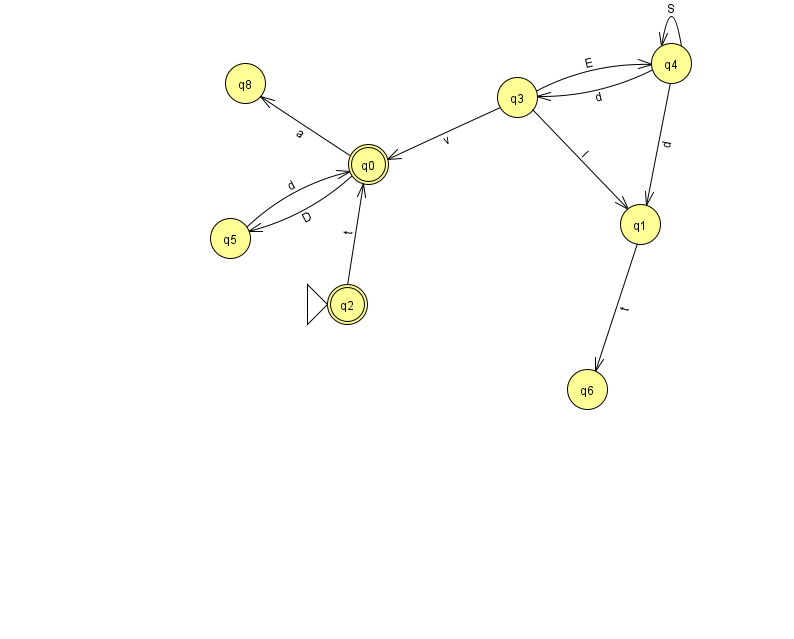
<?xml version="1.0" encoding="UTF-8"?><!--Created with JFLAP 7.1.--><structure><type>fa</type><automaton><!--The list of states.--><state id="0" name="q0"><x>368.0</x><y>151.0</y><final/></state><state id="1" name="q1"><x>640.0</x><y>211.0</y></state><state id="2" name="q2"><x>347.0</x><y>291.0</y><initial/><final/></state><state id="3" name="q3"><x>517.0</x><y>84.0</y></state><state id="4" name="q4"><x>671.0</x><y>50.0</y></state><state id="5" name="q5"><x>230.0</x><y>225.0</y></state><state id="6" name="q6"><x>587.0</x><y>376.0</y></state><state id="8" name="q8"><x>245.0</x><y>70.0</y></state><!--The list of transitions.--><transition><from>4</from><to>1</to><read>d</read></transition><transition><from>2</from><to>0</to><read>t</read></transition><transition><from>1</from><to>6</to><read>t</read></transition><transition><from>4</from><to>3</to><read>d</read></transition><transition><from>3</from><to>4</to><read>E</read></transition><transition><from>4</from><to>4</to><read>S</read></transition><transition><from>0</from><to>8</to><read>a</read></transition><transition><from>3</from><to>0</to><read>v</read></transition><transition><from>0</from><to>5</to><read>D</read></transition><transition><from>5</from><to>0</to><read>d</read></transition><transition><from>3</from><to>1</to><read>l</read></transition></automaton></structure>